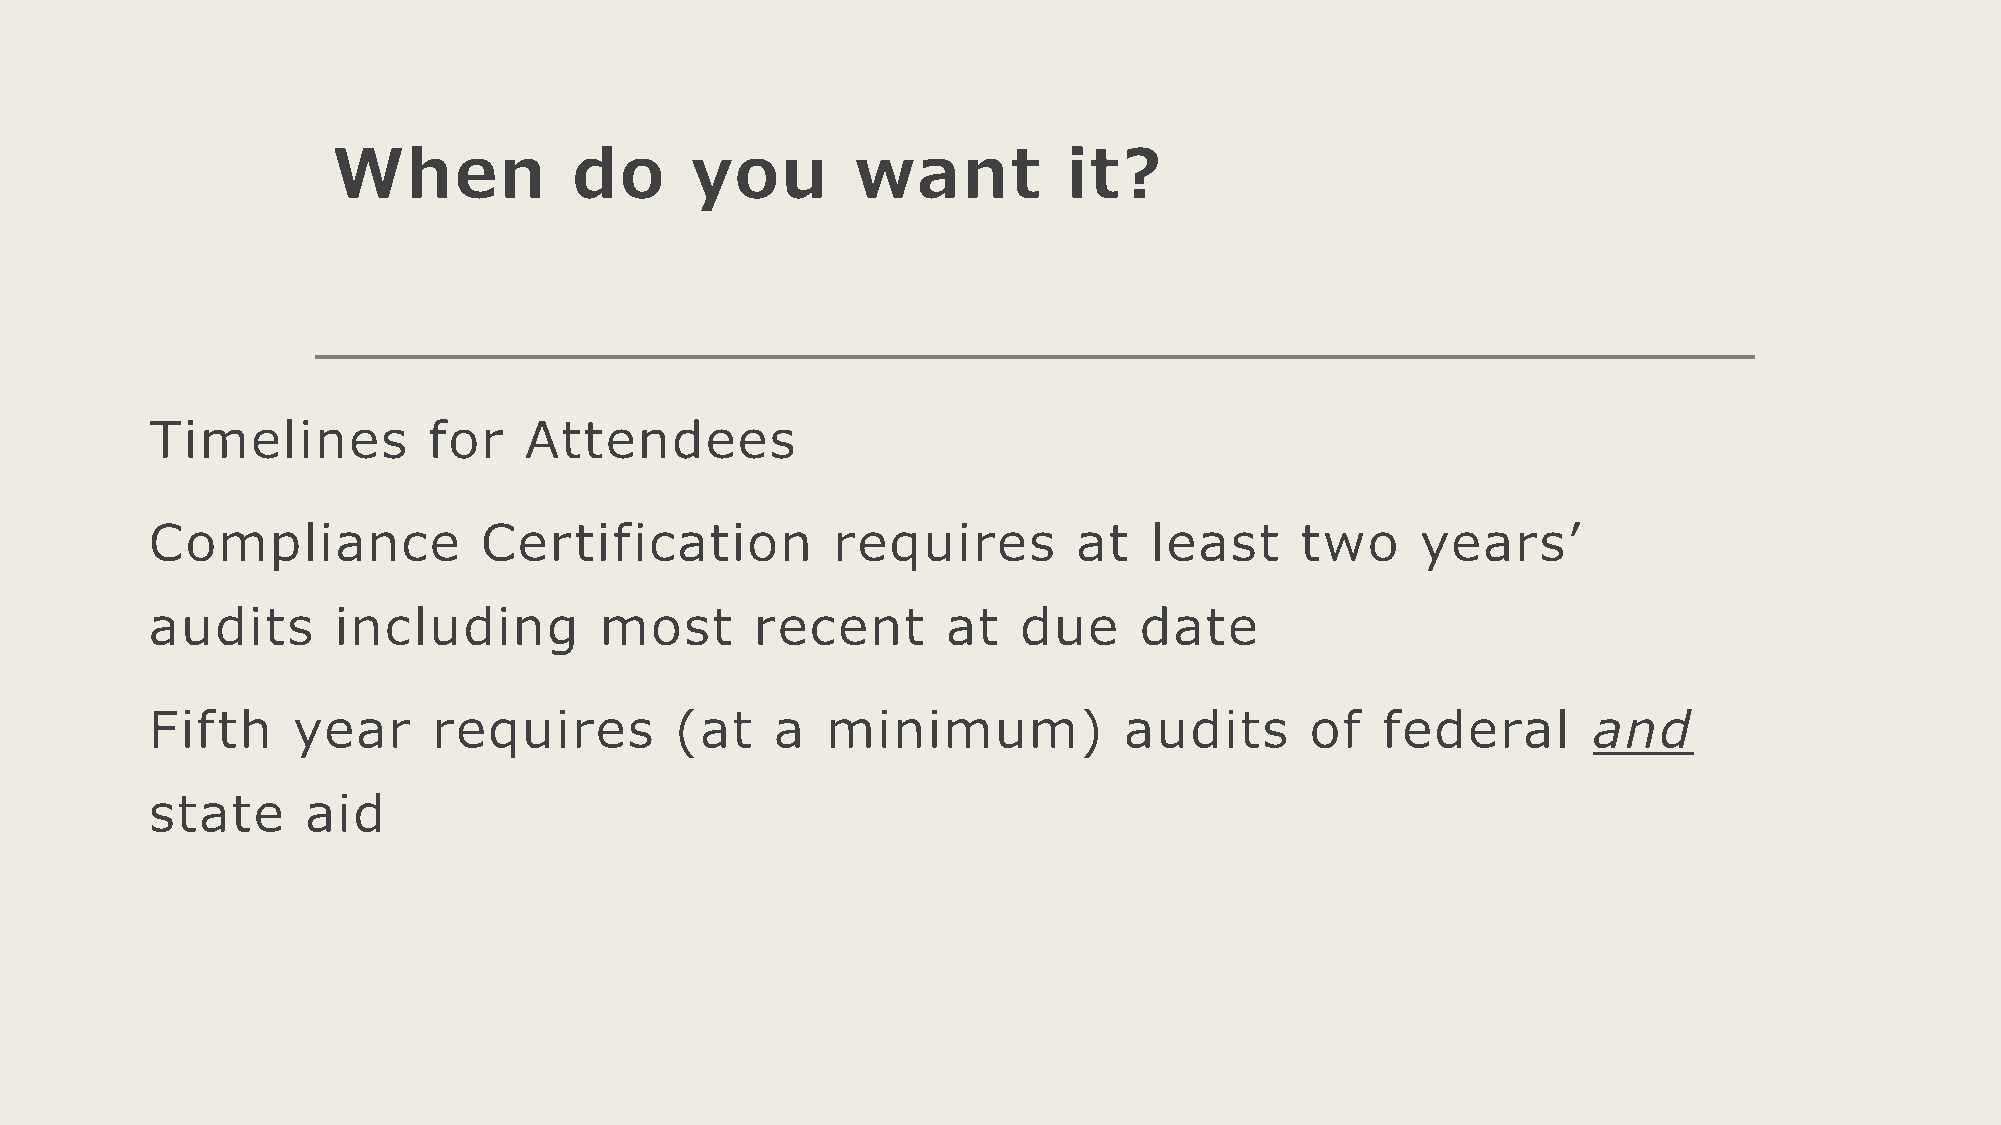
When            do      you        want          it?
 Timelines         for    Attendees
 Compliance            Certification          requires        at   least     two     years’
 audits      including         most      recent       at   due    date
 Fifth    year      requires        (at   a   minimum)           audits       of   federal      and
 state     aid